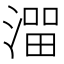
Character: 𰜵